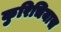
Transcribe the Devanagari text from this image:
कुरिचियास